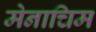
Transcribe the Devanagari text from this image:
मेनाचिम